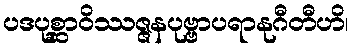
ပဒပုစ္ဆာဝိဿဇ္ဇနပုဗ္ဗာပရာနုဂီတီဟိ၊